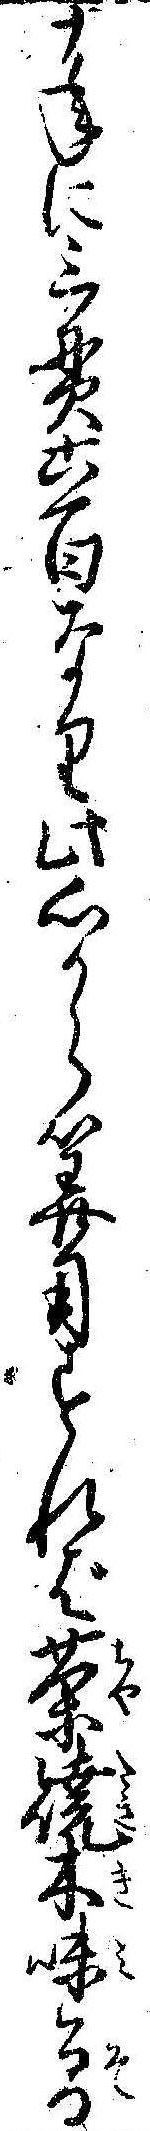
十年に三貫六百なり此心なら算用すれば茶焼木味曽